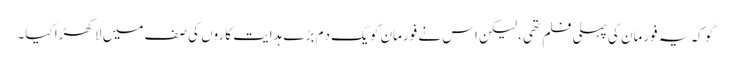
گو کہ یہ فورمان کی پہلی فلم تھی، لیکن اس نے فورمان کو یک دَم بڑے ہدایت کاروں کی صف میں لا کھڑا کیا۔